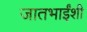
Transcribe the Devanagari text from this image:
जातभाईंशी